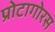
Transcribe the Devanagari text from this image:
प्रोटागोरस